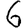
Digit: 6